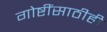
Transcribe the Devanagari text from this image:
गोष्टींसाठीही